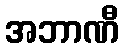
အဘာဏီ